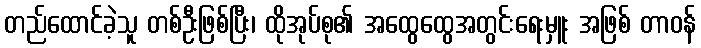
တည်ထောင်ခဲ့သူ တစ်ဦးဖြစ်ပြီး၊ ထိုအုပ်စု၏ အထွေထွေအတွင်းရေးမှူး အဖြစ် တာဝန်